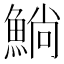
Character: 𫙥